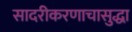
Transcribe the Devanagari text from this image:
सादरीकरणाचासुद्धा